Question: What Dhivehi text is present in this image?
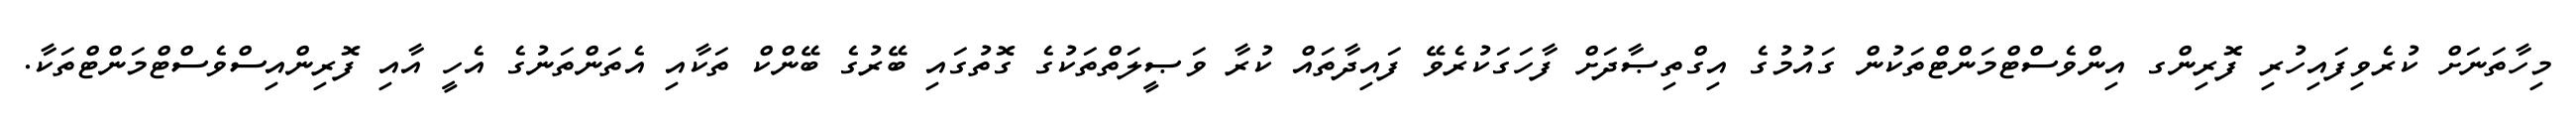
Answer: މިހާތަނަށް ކުރެވިފައިހުރި ފޮރިންގ އިންވެސްޓްމަންޓްތަކުން ގައުމުގެ އިގްތިޞާދަށް ފާހަގަކުރެވޭ ފައިދާތައް ކުރާ ވަޞީލަތްތަކުގެ ގޮތުގައި ބޭރުގެ ބޭންކް ތަކާއި އެތަންތަނުގެ އެހީ އާއި ފޮރިންއިސްވެސްޓްމަންޓްތަކާ.